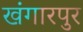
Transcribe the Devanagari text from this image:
खंगारपुर